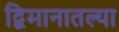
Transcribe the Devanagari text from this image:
द्विमानातल्या